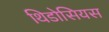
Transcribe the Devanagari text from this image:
थिडोसियस